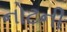
નોટની